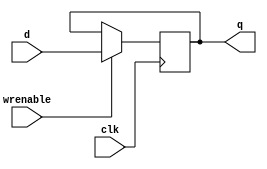
module register32
(
  output reg [31:0] q,
  input [31:0] d,
  input wrenable,
  input clk
  );

  always @(posedge clk) begin
      if(wrenable) begin
          q <= d;
      end
  end

endmodule


module register32zero
(
  output [31:0] q,
  input [31:0] d,
  input wrenable,
  input clk
);
  // always @(posedge clk) begin
  //     if(wrenable) begin
      assign    q = 32'b0;
  //     end
  // end

endmodule